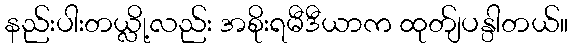
နည်းပါးတယ္လို့လည်း အစိုးရမီဒီယာက ထုတ်ျပန္ပါတယ်။